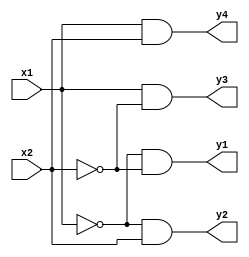
module decoder_24_gate_level(
    input x1,
    input x2,
    output y1,
    output y2,
    output y3,
    output y4
    );
    
    and a1(y1,~x1,~x2);
    and a2(y2,~x1,x2);
    and a3(y3,x1,~x2);
    and a4(y4,x1,x2);
    
endmodule